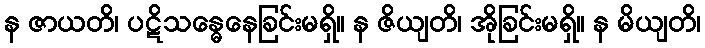
န ဇာယတိ၊ ပဋိသန္ဓေနေခြင်းမရှိ။ န ဇိယျတိ၊ အိုခြင်းမရှိ။ န မိယျတိ၊